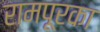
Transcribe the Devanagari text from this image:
रामपूरका